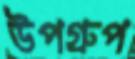
উপগ্রুপ